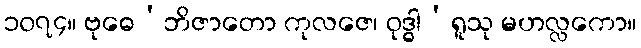
၁၀၇၄။ ဗုဓေ’ဘိဇာတော ကုလဇေ၊ ဝုဒ္ဓါ’ရူသု မဟလ္လကော။